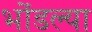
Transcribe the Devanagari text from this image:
भोंडल्या